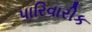
પારિવારીક